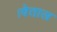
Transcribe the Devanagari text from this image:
।वेताल